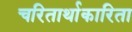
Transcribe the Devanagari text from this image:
चरितार्थाकारिता